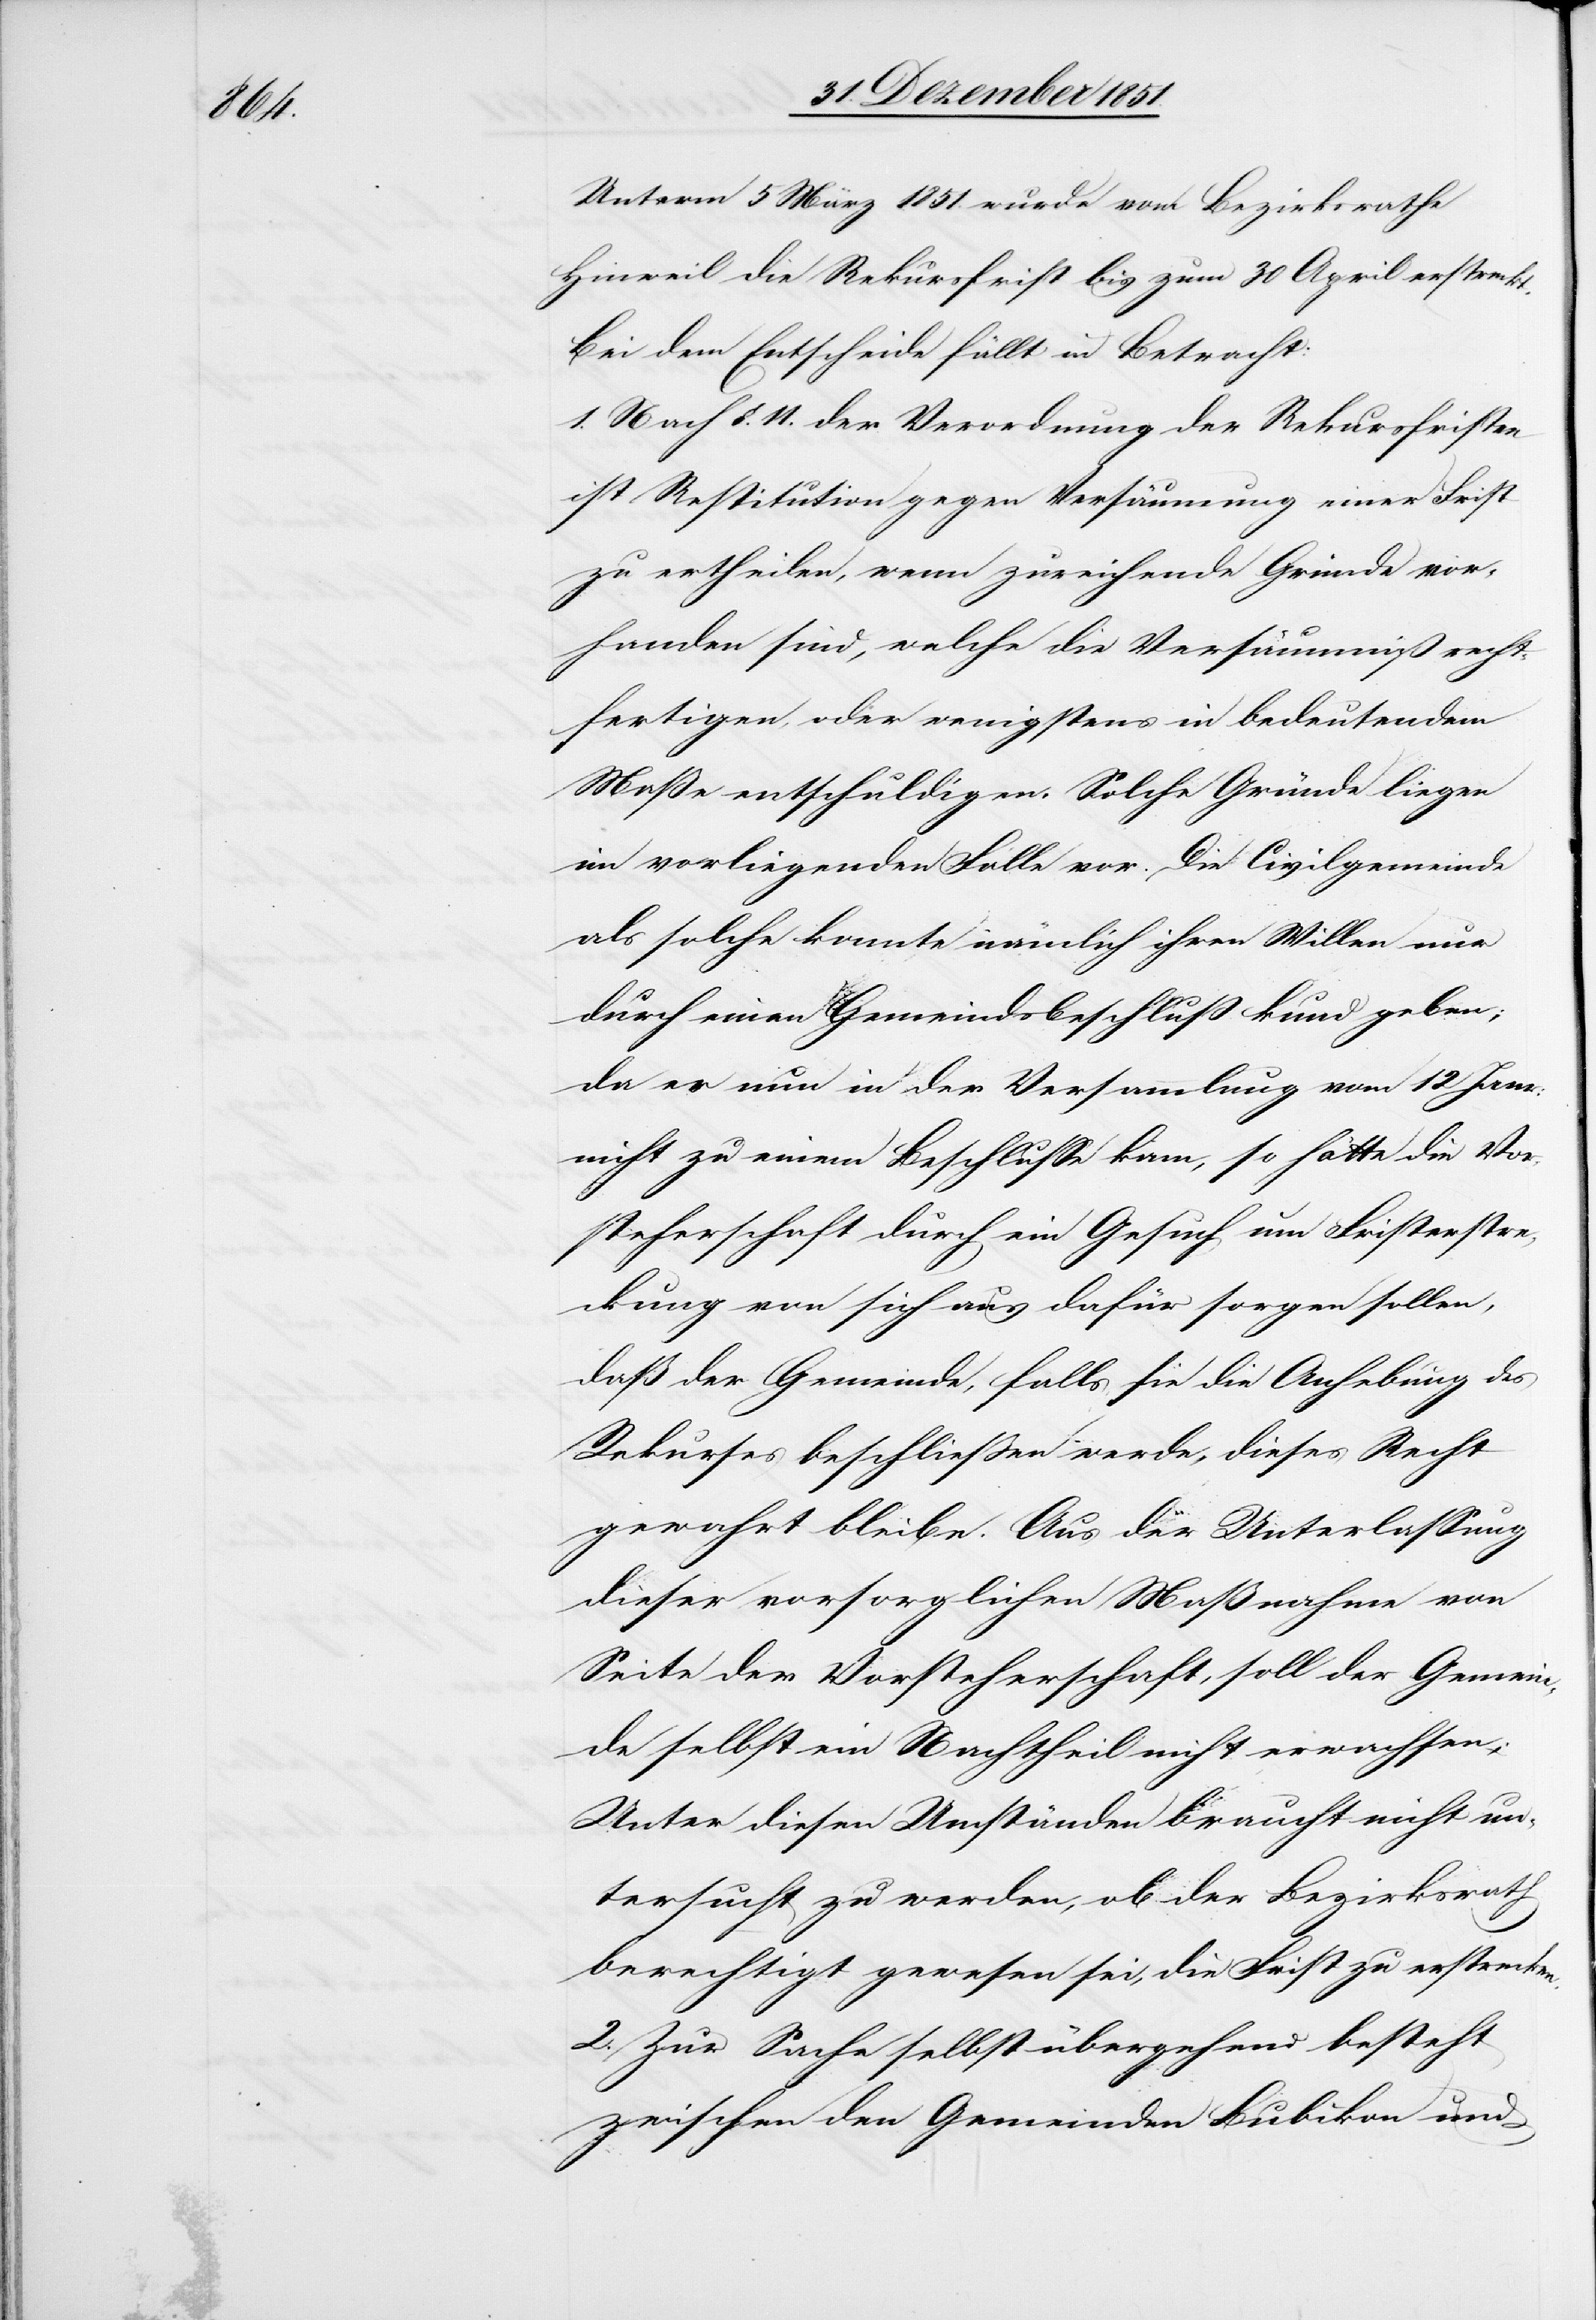
[rec¬

Unterm 5 März 1851. wurde vom Bezirksrathe
Hinweil die Rekursfrist bis zum 30 April erstreckt.
Bei dem Entscheide fällt in Betracht:
1. Nach §. 11. der Verordnung der Rekursfristen
ist Restitution gegen Versäumung einer Frist
zu ertheilen, wenn zureichende Gründe vor¬
handen sind, welche die Versäumniß recht¬
fertigen, oder wenigstens in bedeutendem
Maße entschuldigen. Solche Gründe liegen
im vorliegenden Falle vor. Die Civilgemeinde
als solche konnte nämlich ihren Willen nur
durch einen Gemeindsbeschluß kund geben;
te: es] nun in der Versammlung vom 12 Janr:
nicht zu einem Beschlusse kam, so hätte die Vor¬
steherschaft durch ein Gesuch um Fristerstrec¬
kung von sich aus dafür sorgen sollen,
daß der Gemeinde, falls sie die Anhebung des
Rekurses beschließen werde, dieses Recht
gewahrt bleibe. Aus der Unterlassung
dieser vorsorglichen Maßnahme von
Seite der Vorsteherschaft, soll der Gemein¬
de selbst ein Nachtheil nicht erwachsen.
Unter diesen Umständen braucht nicht un¬
tersucht zu werden, ob der Bezirksrath
berechtigt gewesen sei, die Frist zu erstrecken.
2. Zur Sache selbst übergehend besteht
zwischen den Gemeinden Bubikon und